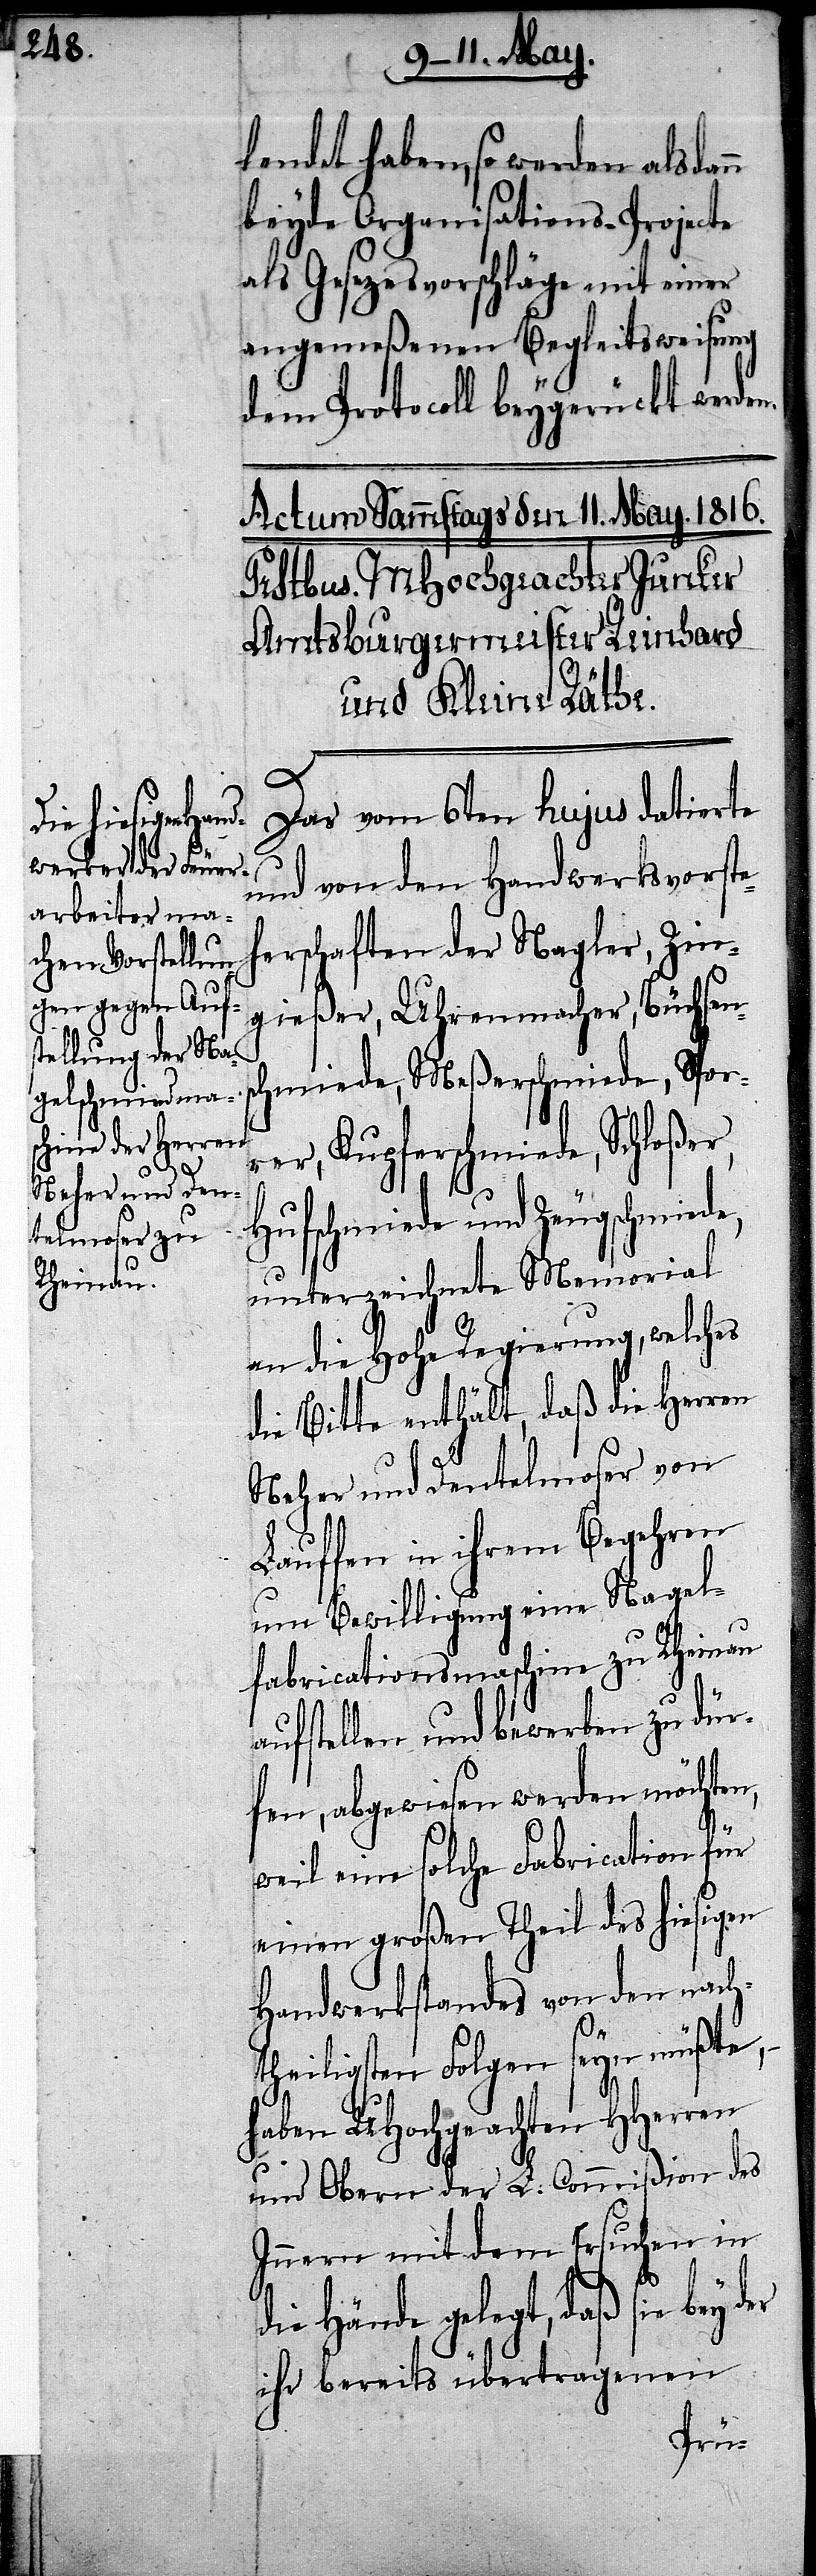
lendet haben, so werden alsdann
beyde Organisations-Projecte
als Gesezesvorschläge mit einer
angemeßenen Begleitsweisung
dem Protocoll beygerückt werden.
Das vom 6ten hujus datierte
und von den Handwerksvorste¬
herschaften der Nagler, Zin¬
gießer, Uhrenmacher, Büchsen¬
chmiede, Meßerschmiede, Spor¬
Kupferschmiede, Schloß¬
er
Hufschmiede und Zeugschmiede,
unterzeichnete Memorial
an die Hohe Regierung, welches
die Bitte enthält, daß die Herren
Neher und Dentelmoser von
Lauffen in ihrem Begehren
um Bewilligung eine Nagel¬
fabricationsmaschine zu Rheinau
aufstellen und bewerben zu dür¬
fen, abgewiesen werden möchten,
weil eine solche Fabrication für
einen großen Theil des hiesigen
Handwerkstandes von den nach¬
theiligsten Folgen seyn müßte,
haben UHochgeachten HHerren
und Obern der L. Commißion des
Innern mit dem Ersuchen in
s¬
die Hände gelegt, daß sie bey d¬
ihr bereits übertragenen